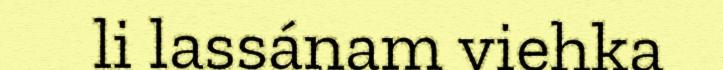
li lassánam viehka